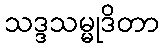
သဒ္ဒသမ္မုဒိတာ